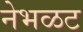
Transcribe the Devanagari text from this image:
नेभळट